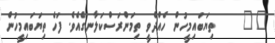
٥٧     ތިޔަބައިމީހުން ހެއްދެވީ ތިމަންރަސްކަލާނގެއެވެ. ފަހެ ތިޔަބައިމީހުން